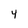
Character: 4